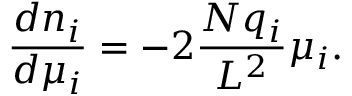
\frac { d n _ { i } } { d \mu _ { i } } = - 2 \frac { N q _ { i } } { L ^ { 2 } } \mu _ { i } .